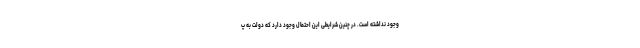
وجود نداشته است. در چنین شرایطی این احتمال وجود دارد که دولت به پ